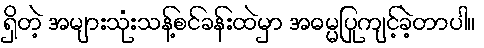
ရှိတဲ့ အများသုံးသန့်စင်ခန်းထဲမှာ အဓမ္မပြုကျင့်ခဲ့တာပါ။